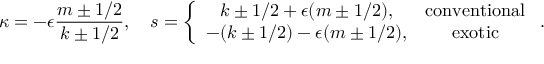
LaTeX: \kappa = - \epsilon \frac { m \pm 1 / 2 } { k \pm 1 / 2 } , \quad s = \left\{ \begin{array} { c c } { { k \pm 1 / 2 + \epsilon ( m \pm 1 / 2 ) , } } & { { \mathrm { c o n v e n t i o n a l } } } \\ { { - ( k \pm 1 / 2 ) - \epsilon ( m \pm 1 / 2 ) , } } & { { \mathrm { e x o t i c } } } \end{array} \right. .